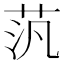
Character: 𫇼